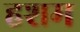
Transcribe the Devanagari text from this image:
हशम